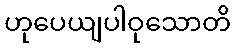
ဟုပေယျပါဝုသောတိ